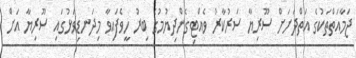
ޖަމާއަތްތަކުގެ އަތްދަށަށް ސޫރިޔާ ސަރުކާރު ވެއްޓިގެންދިޔުމުގެ ބިރު ހީވެފައިވާ މިދަނޑިވަޅުގައި ސޫރިޔާ އަށް